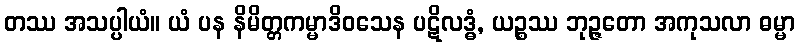
တဿ အသပ္ပါယံ။ ယံ ပန နိမိတ္တကမ္မာဒိဝသေန ပဋိလဒ္ဓံ, ယဉ္စဿ ဘုဉ္ဇတော အကုသလာ ဓမ္မာ